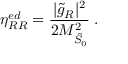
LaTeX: \eta _ { R R } ^ { e d } = \frac { | \tilde { g } _ { R } | ^ { 2 } } { 2 M _ { \tilde { \cal S } _ { 0 } } ^ { 2 } } \; .